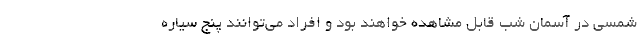
شمسی در آسمان شب قابل مشاهده خواهند بود و افراد می‌توانند پنج سیاره